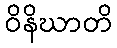
ဝိနိဃာတိ